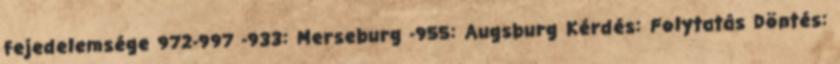
fejedelemsége 972-997 -933: Merseburg -955: Augsburg Kérdés: Folytatás Döntés: